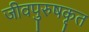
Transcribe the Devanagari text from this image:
जीवपुरुषकृत